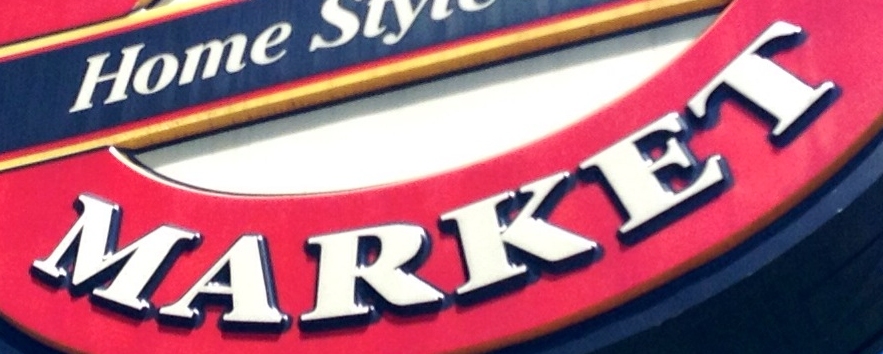
MARKET